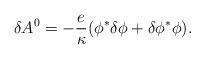
LaTeX: \begin{align*}\delta A^0 = -{e\over\kappa}(\phi^* \delta \phi +\delta\phi^* \phi) .\end{align*}